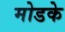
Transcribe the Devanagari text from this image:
मोडके